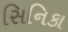
સિનિકા